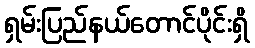
ရှမ်းပြည်နယ်တောင်ပိုင်းရှိ